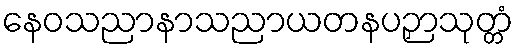
နေဝသညာနာသညာယတနပဉှာသုတ္တံ